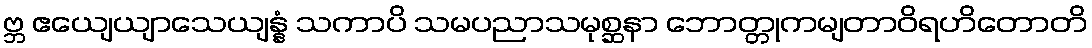
ဗ္ဘ ဧယျေယျာသေယျန္နံ သကာပိ သမပညာသမုစ္ဆနာ ဘောတ္တုကမျတာဝိရဟိတောတိ